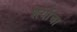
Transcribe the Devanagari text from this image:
शेर्याचा